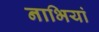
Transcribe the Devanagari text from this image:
नाभियां